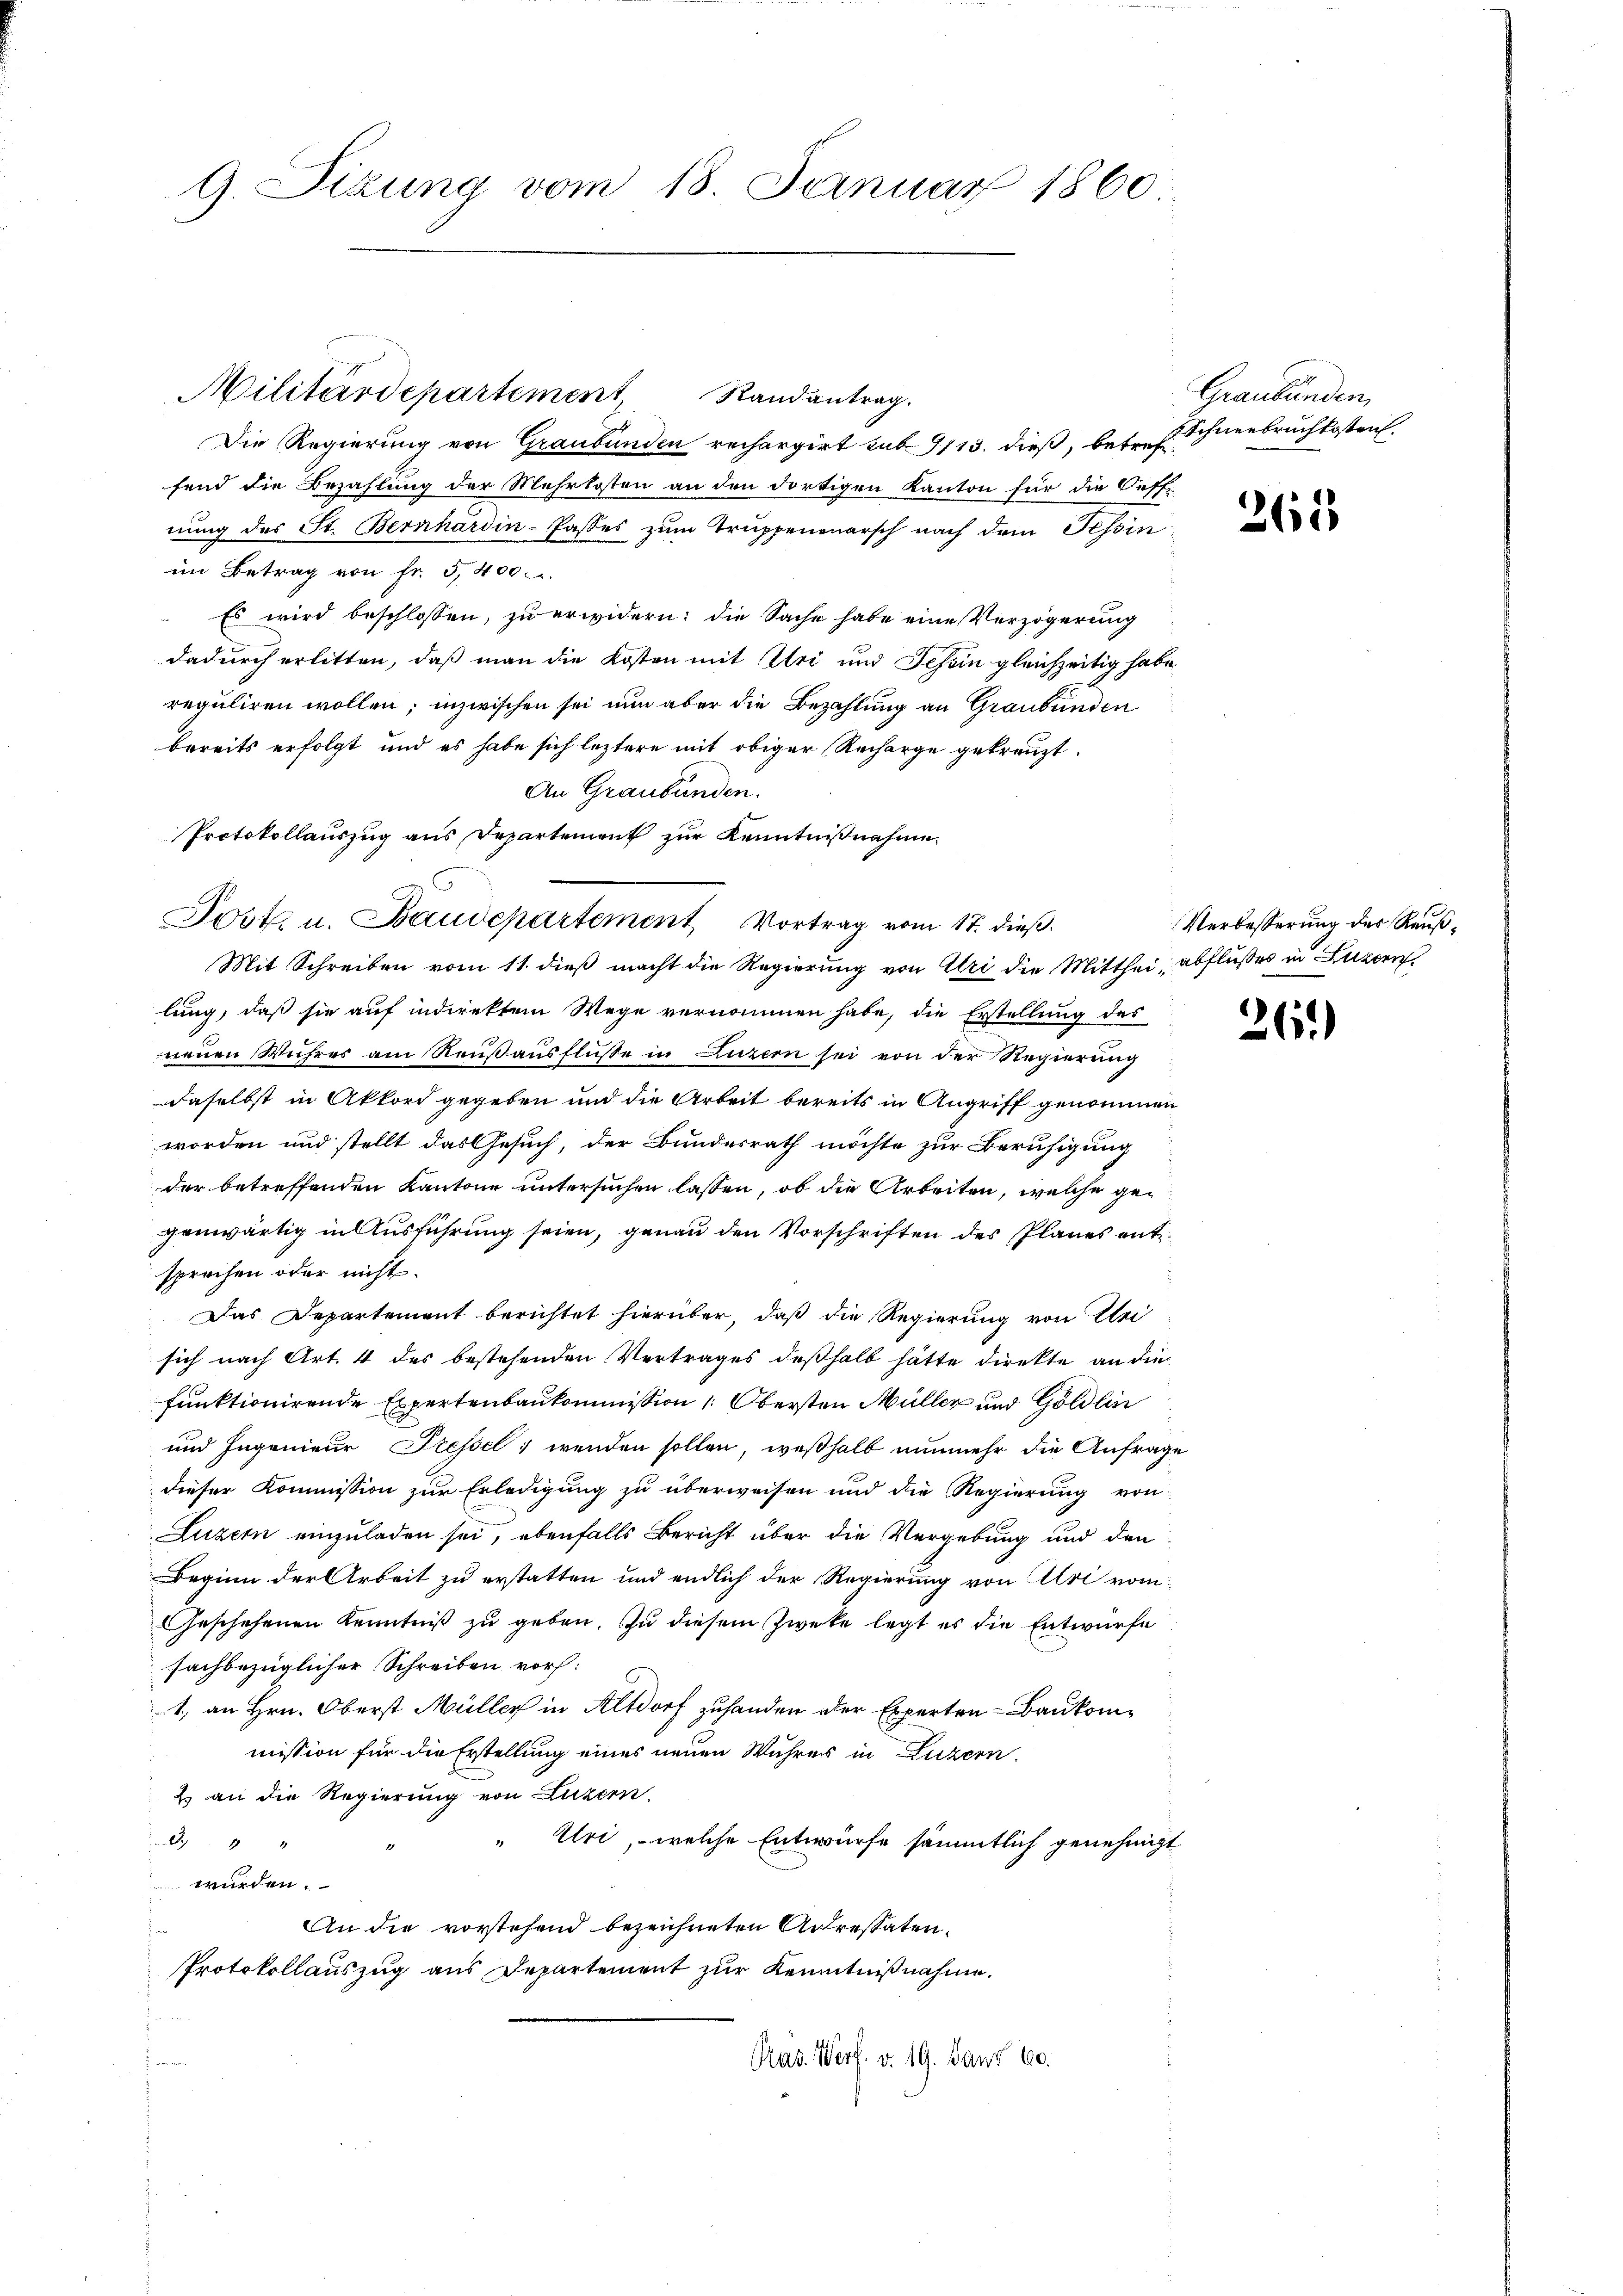
G. Sizung vom 18. Januar 1860

Randantrag.
Die Regierung von Graubünden rechargirt sub 9113. dieß, betreffend die Bezahlung der Mehrkosten an den dortigen Kanton für die Oeff-
nung des St. Bernhardin-Passes zum Truppenonarsch nach dem Tessinim Betrag von fr. 5400.
Es wird beschlossen, zu erwidern: die Sache habe eine Verzögerung
dadurch erlitten, daß man die Kosten mit Uri und Schein gleichzeitig habe,
reguliren wollen; inzwischen sei nun aber die Bezahlung an Graubünden
bereits erfolgt und es habe sich leztere mit obiger Recharge gekreuzt.
An Graubünden.
Protokollauszug aus Departement zur Kenntnißnahme
Mit Schreiben vom 11. dieß macht die Regierung von Uri die Mitthei- abflußes in Luzern
lung, daß sie auf indirektem Wege vernommen habe, die Erstellung des
neuen Wuhres am Reußausflüße in Luzern sei von der Regierung
daselbst in Akkord gegeben und die Arbeit bereits in Angriff genommen
worden und stellt das Gesuch, der Bundesrath möchte zur Beruhigung
der betreffenden Kantone untersuchen lassen, ob die Arbeiten, welche gegenwärtig in Ausführung seien, genau den Vorschriften des Planes entsprechen oder nicht.
Das Departement berichtet hierüber, daß die Regierung von Kleisich nach Art. 4 des bestehenden Vertrages deßhalb hätte direkte an die
funktionirende Expertenbaukommission 1. Obersten Müller und Göldlin
und Ingenieur Fressel, wenden sollen, weßhalb nunmehr die Anfrage
dieser Kommission zur Erledigung zu überweisen und die Regierung von
Luzern einzuladen sei, ebenfalls Bericht über die Vergebung und den
Beginn der Arbeit zu erstatten und endlich der Regierung von Uri vom
Geschehenen Kenntniß zu geben. Zu diesem Zwete legt es die Entwurfe
sachbezüglicher Schreiben vor:
1., an Hrn. Oberst Müller in Altdorf zuhanden der Experten-Baukommission für die Erstellung eines neuen Wuhres in Luzern.
2. an die Regierung von Luzern.
1
Uri, welche Entwürfe sämmtlich genehmigt
9
würden.
An die vorstehend bezeichneten Actrestatens
Protokollauszug aus Departement zur Kenntnißnahme.
Pras. Werf. v. 19. Janz 60.

Militärdepartement

Jost. u. Baudepartement Vortrag vom 17. dieß.

Graubünden
1 Schneebruch kosten.

261

Verbesserung der Reuß¬

26.)